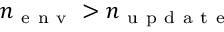
n _ { \mathrm { ~ e ~ n ~ v ~ } } > n _ { \mathrm { ~ u ~ p ~ d ~ a ~ t ~ e ~ } }